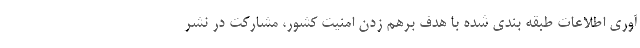
آوری اطلاعات طبقه بندی شده با هدف برهم زدن امنیت کشور، مشارکت در نشر